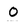
Character: O